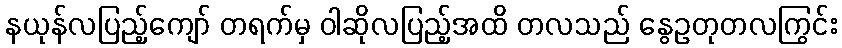
နယုန်လပြည့်ကျော် တရက်မှ ဝါဆိုလပြည့်အထိ တလသည် နွေဥတုတလကြွင်း